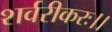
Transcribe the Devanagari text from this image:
शर्वरीकरः।।